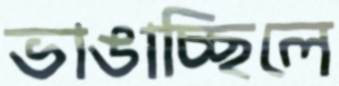
ভাঙাচ্ছিলে